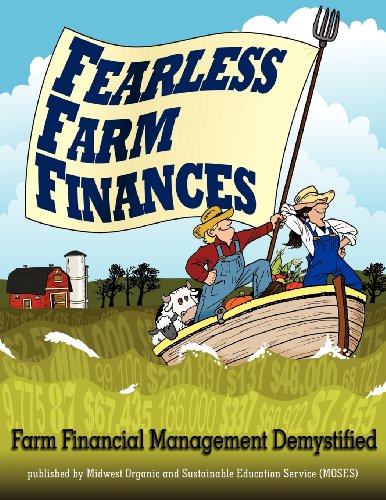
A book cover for Fearless Farm Finances: Farm Financial Management Demystified; Paul Dietmann; Science & Math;